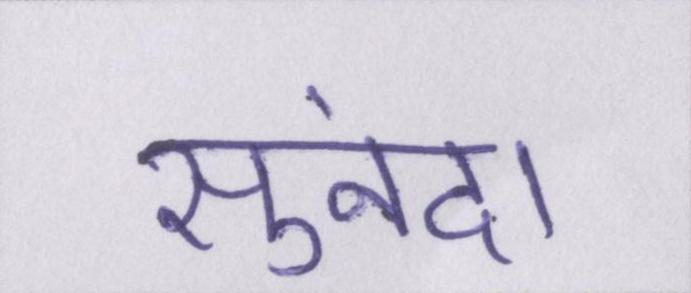
सुनंदा